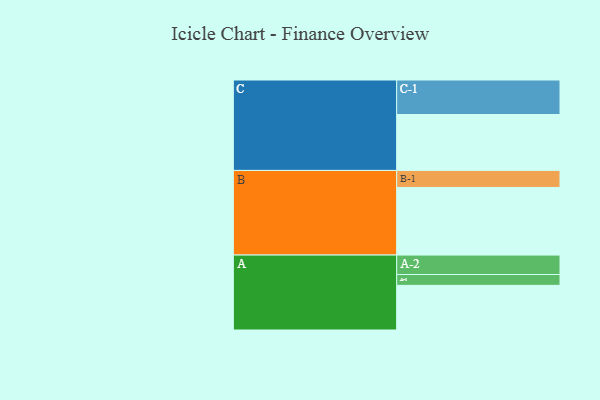
{"axis": {"x": "Segment", "y": "Value"}, "legend": ["", "A", "B", "C"], "data": [{"x": "A", "y": 317, "type": ""}, {"x": "B", "y": 480, "type": ""}, {"x": "C", "y": 397, "type": ""}, {"x": "A-1", "y": 77, "type": "A"}, {"x": "A-2", "y": 138, "type": "A"}, {"x": "B-1", "y": 121, "type": "B"}, {"x": "C-1", "y": 245, "type": "C"}]}